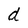
Character: d